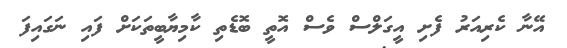
އޭނާ ކެރިއަރު ފެށި އީގަލްސް ވެސް އޮތީ ބޮޑެތި ކާމިޔާބީތަކަށް ފައި ނަގައިފަ